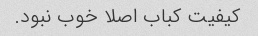
کیفیت کباب اصلا خوب نبود.